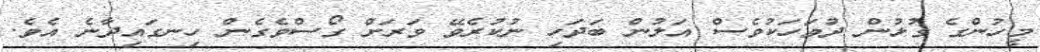
މީހުންގެ ގުޅުން ދުވަހަކުވެސް އަލުން ބަދަހި ނުކުރެވޭ ވަރަށް ގޯސްވެގެން ހިނގައިދާނެ އެވެ.